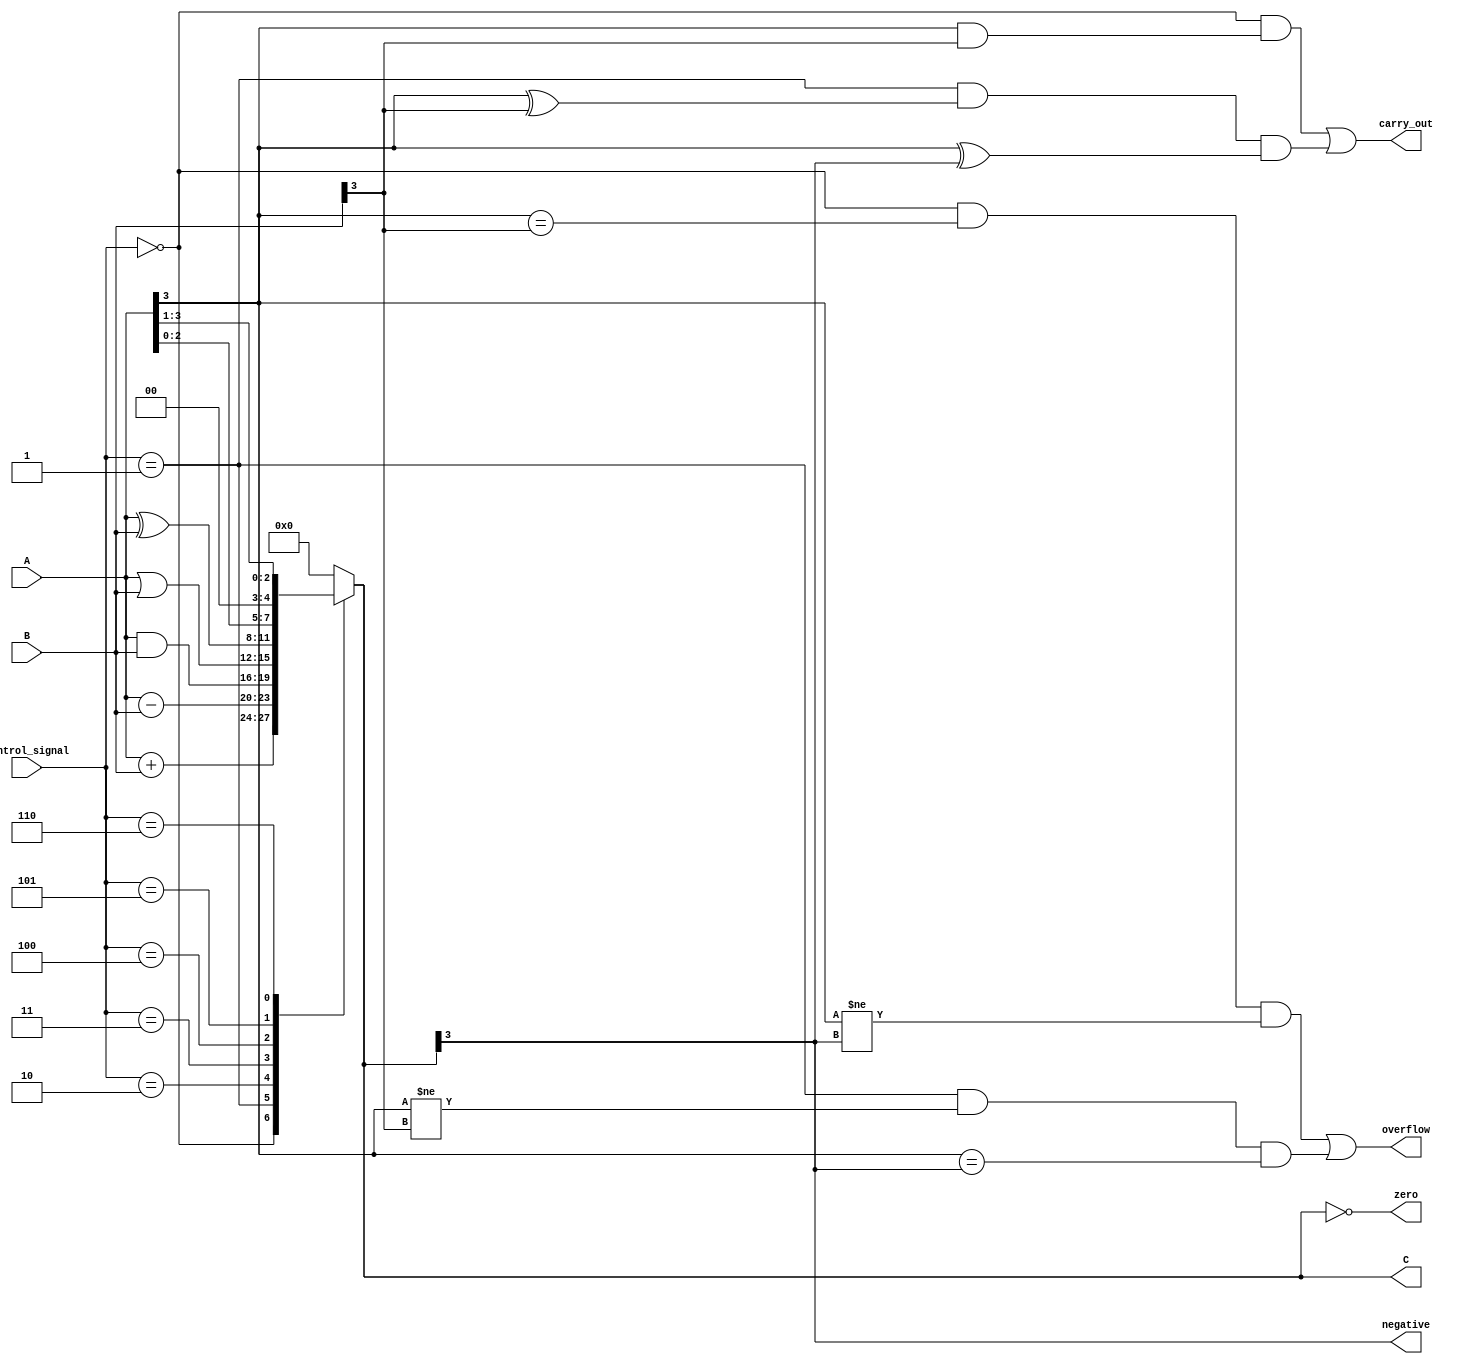
module ALU(
  input [3:0] A,
  input [3:0] B,
  input [2:0] control_signal,
  output reg [3:0] C,
  output reg carry_out,
  output reg overflow,
  output reg zero,
  output reg negative
);

always @(*) begin
  case(control_signal)
    3'b000: C = A + B; // Addition
    3'b001: C = A - B; // Subtraction
    3'b010: C = A & B; // AND operation
    3'b011: C = A | B; // OR operation
    3'b100: C = A ^ B; // XOR operation
    3'b101: C = A << 1; // Shift left
    3'b110: C = A >> 1; // Shift right
    default: C = 4'd0;
  endcase
end

assign carry_out = (control_signal == 3'b000 && (A[3] & B[3])) || 
                   (control_signal == 3'b001 && (A[3] ^ B[3]) && (A[3] ^ C[3]));

assign overflow = (control_signal == 3'b000 && A[3] == B[3] && A[3] != C[3]) ||
                   (control_signal == 3'b001 && A[3] != B[3] && A[3] == C[3]);

assign zero = (C == 4'd0);
assign negative = (C[3] == 1);

endmodule